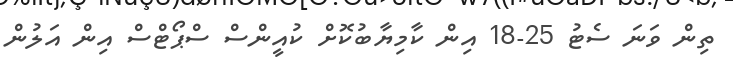
ތިން ވަނަ ސެޓު 25-18 އިން ކާމިޔާބުކޮށް ކުއީންސް ސްޕޯޓްސް އިން އަލުން